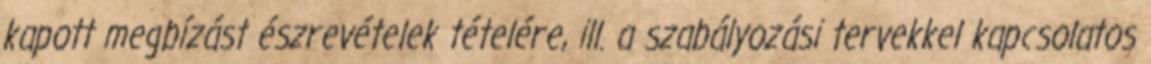
kapott megbízást észrevételek tételére, ill. a szabályozási tervekkel kapcsolatos